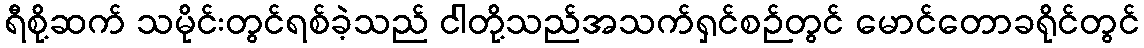
ရီစို့ဆက် သမိုင်းတွင်ရစ်ခဲ့သည် ငါတို့သည်အသက်ရှင်စဉ်တွင် မောင်တောခရိုင်တွင်